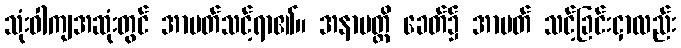
သုံးဝါကျအဆုံးတွင် အာပတ်သင့်ရာ၏။ အနာပတ္တိ ခေတ်၌ အာပတ် သင့်ခြင်းငှာလည်း